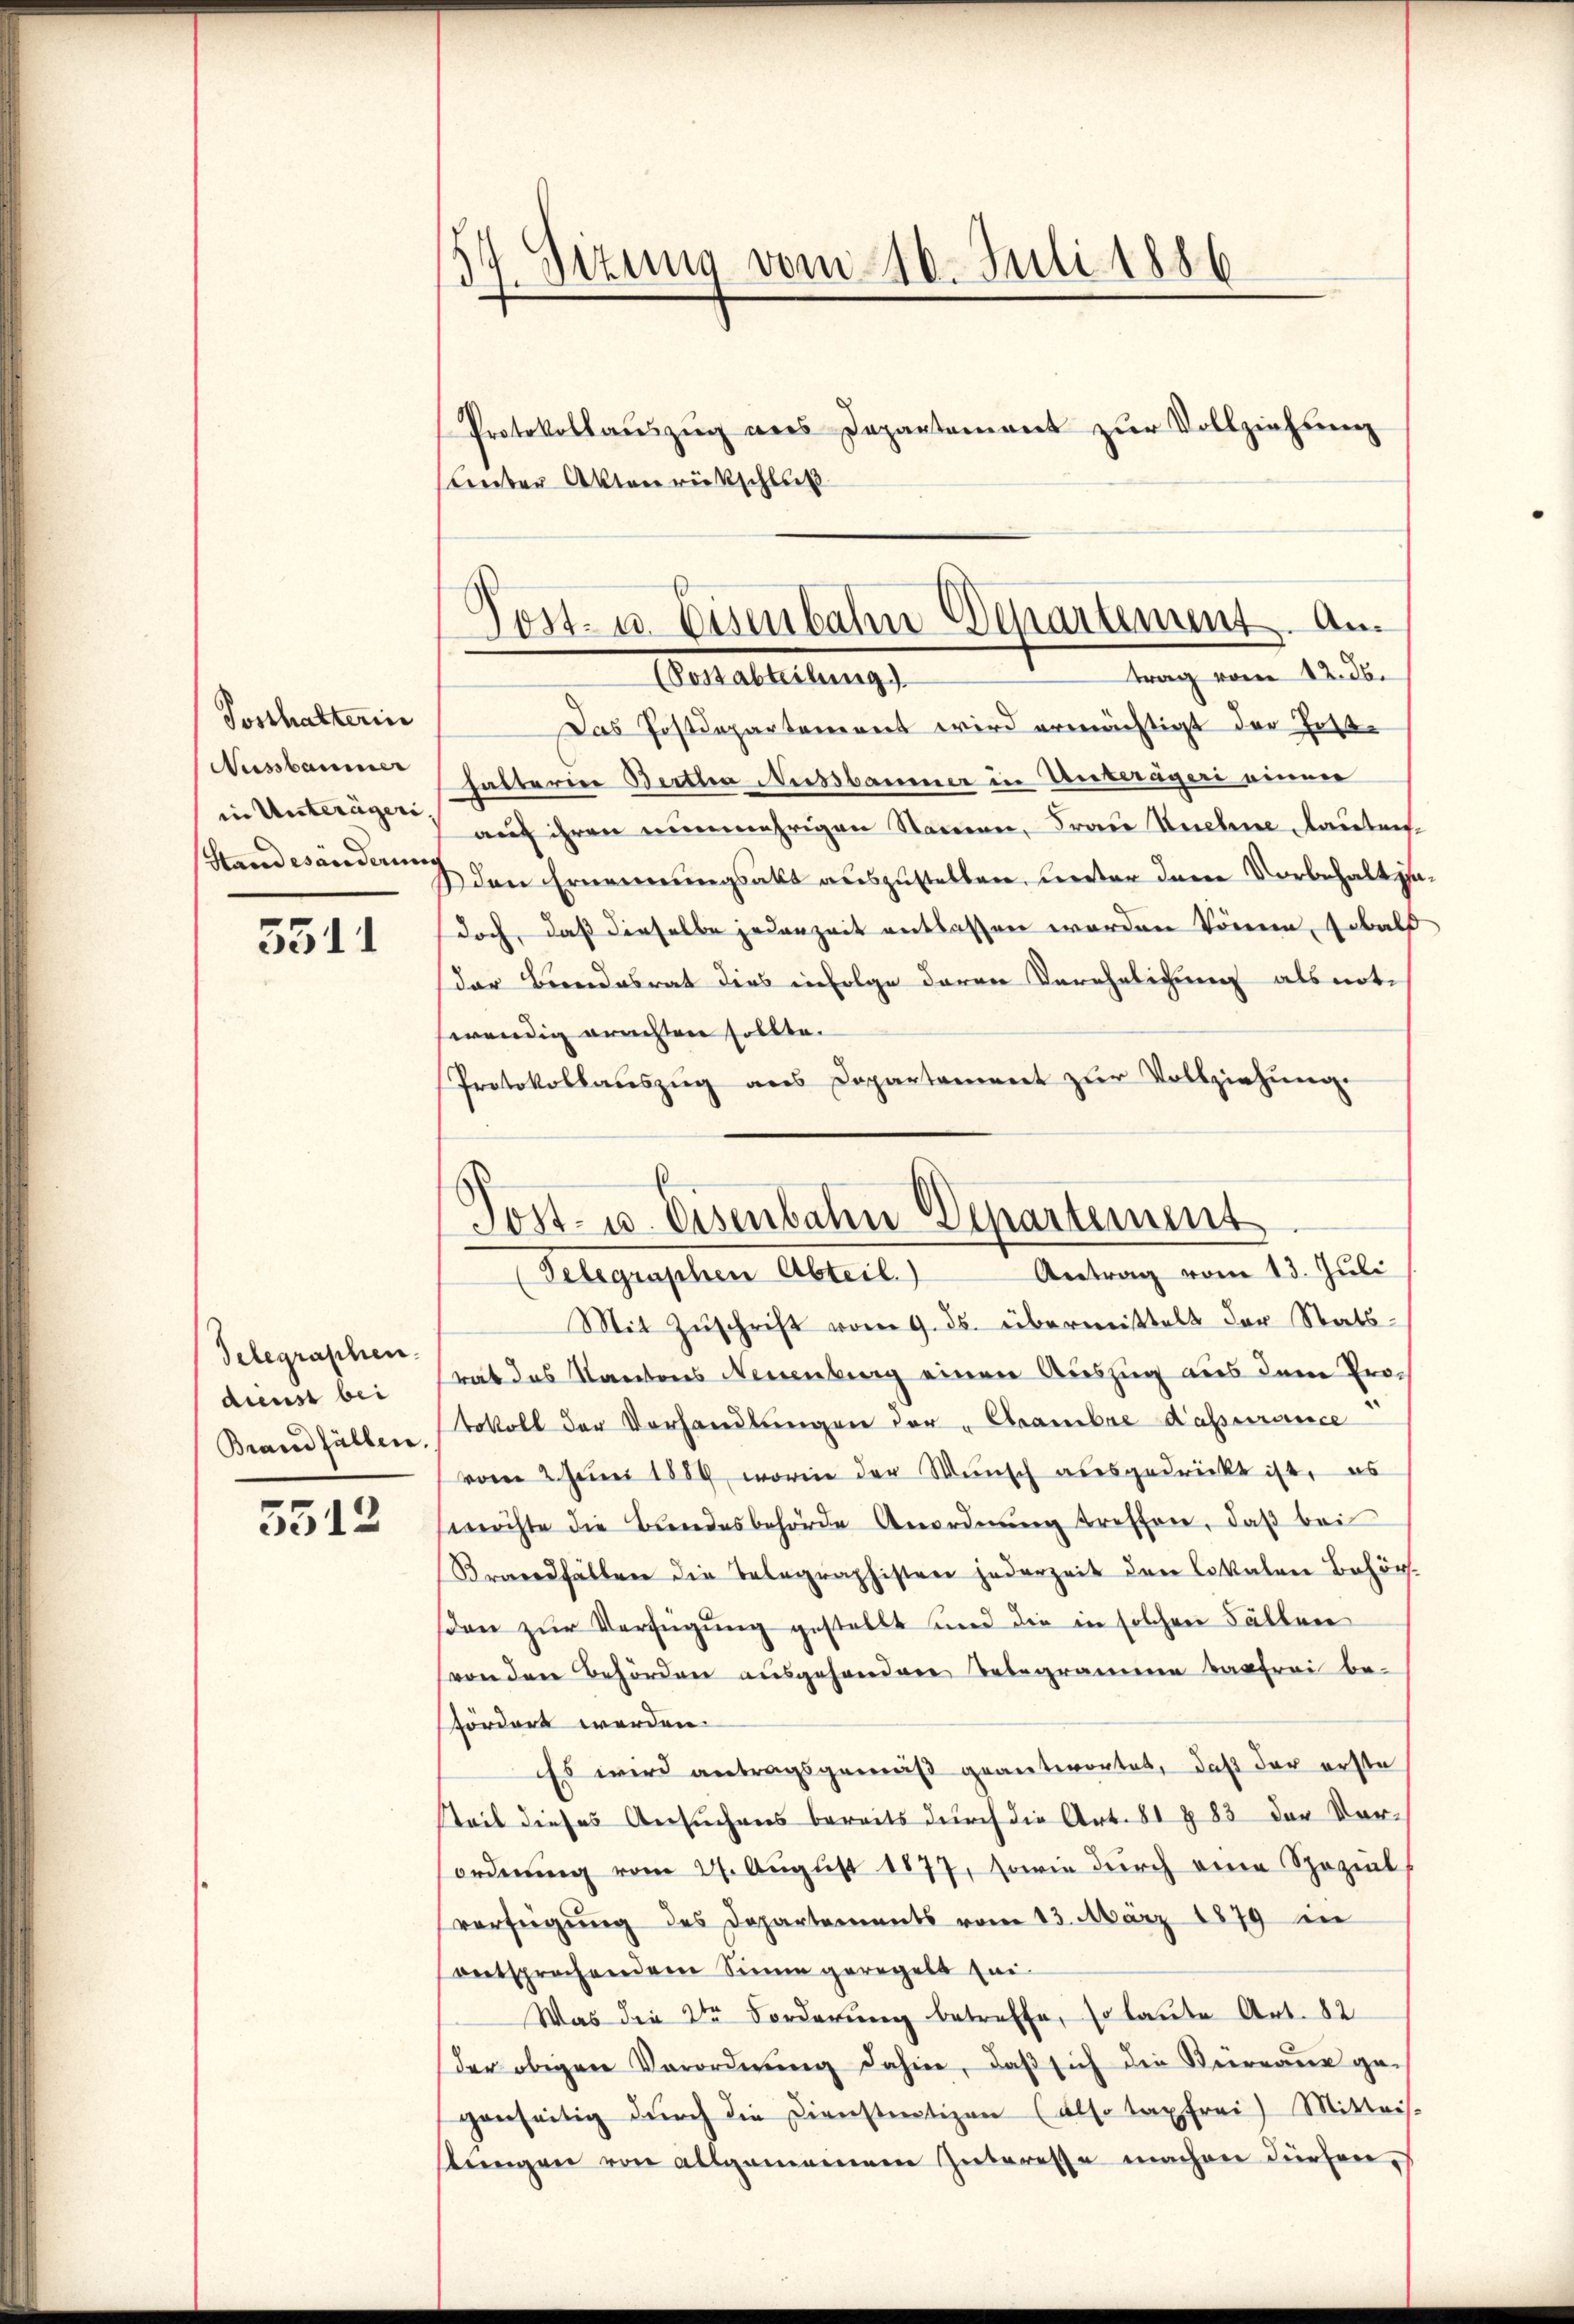
Posthalterin
Ausbaumer
Stand esänderung

5511

Telegraphen.
dienst bei
Brand fällen.

5512

d
Sizung vom 16. Juli 1886

Protokollaŭszŭg ans Departement zŭr Vollziehung
Lnter Aktenrückschluß
Das Postdepartement wird ermächtigt der Fest-
halterin Bertha Nussbaumer in Unteräger einen
in Unteragen, auf ihren nunmehrigen Namen, Frau nehme, lauten
den Ernennungsakt auszustellen, unter dem Vorbehalt
doch, daß dieselbe jederzeit entlassen worden könne, sobald
der Beendesrat dies infolge deren Verehelichung als not-
wendig erachten sollte.
Protokollauszug aus Departament zur Vollziehung.
Antrag vom 13. Juli
Gelegenschen Abreit
Mit Zuschrift vom 9. ds. übermittelt der Statsrat des Kantons Neuenburg einen Auszug aus dem Protokoll der Vorhandlŭngen der "Acambre Kapurance
vom 2. Juni 1889, worin der Wunsch ausgedrückt ist, es
stöchte die Bundesbehörde Anordnung treffen, daß bei
Brandfällen die Telegraphisten jederzeit den lokalen Behört.
sden zur Verfügung gestellt und die in solchen Fällen
von den Behörden ausgesondere Bebegramme basfrei be-
fördert werden
Es wird antragsgemäß geantwortet, daß der erste
Steil dieses Ansuchens bereits durch die Art. 81 § 83 der Vorordnŭng vom 27. Aŭgŭst 1877, sowie dŭrch eine Spezial
verfügung des Departements vom 13. März 1879 in
entsprechendem Sinne geregelt sei
Was die die Forderung betreffe, so laute Art. 82
der obigen Verordnŭng dahin, daβ sich die Büreaŭs ge-
genseitig dŭrch die Dienstetigen (also taxfrei) Mittei
stungen von allgemeinem Interesse machen dürfen,

Post- u. Eisenbahn Departement. An
trag vom 12. 26.
(Postabteilung

Post- u. Eisenbahn Departement